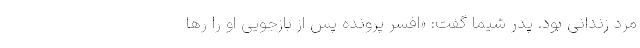
مرد زندانی بود. پدر شیما گفت: «افسر پرونده پس از بازجویی او را رها